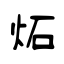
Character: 炻